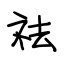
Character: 祛